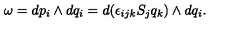
\omega = d p _ { i } \wedge d q _ { i } = d ( \epsilon _ { i j k } S _ { j } q _ { k } ) \wedge d q _ { i } .